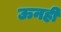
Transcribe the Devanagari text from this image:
ऊनही